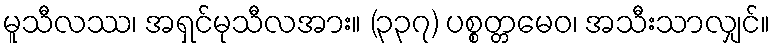
မူသီလဿ၊ အရှင်မုသီလအား။ (၃၃၇) ပစ္စတ္တမေဝ၊ အသီးသာလျှင်။